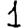
Digit: 1